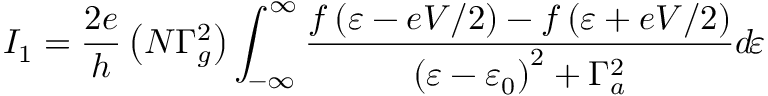
I _ { 1 } = \frac { 2 e } { h } \left( N \Gamma _ { g } ^ { 2 } \right) \int _ { - \infty } ^ { \infty } \frac { f \left( \varepsilon - e V / 2 \right) - f \left( \varepsilon + e V / 2 \right) } { \left( \varepsilon - \varepsilon _ { 0 } \right) ^ { 2 } + \Gamma _ { a } ^ { 2 } } d \! \varepsilon